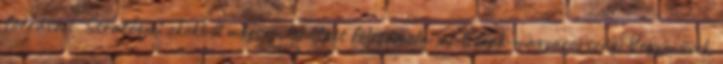
forrásait. Stratégiai okokból mégsem lehetett felszámolni az Észak-magyarországi Vegyiművek,